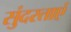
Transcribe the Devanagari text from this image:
सुंदरताएं